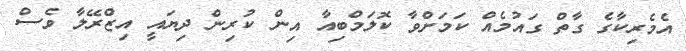
އެމެރިކާގެ ގާތް ގައުމެއް ކަމަށްވާ ކޮލަމްބިއާ އިން ކުރިން ދިޔައީ އިޒްރޭލާ ވެސް